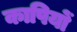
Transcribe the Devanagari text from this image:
कापियों